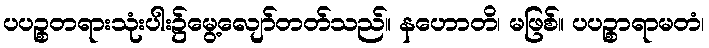
ပပဉ္စတရားသုံးပါး၌မွေ့လျော်တတ်သည်။ နဟောတိ၊ မဖြစ်။ ပပဉ္စာရာမတံ၊